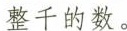
整千的数。